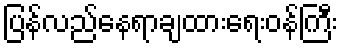
ပြန်လည်နေရာချထားရေးဝန်ကြီး